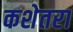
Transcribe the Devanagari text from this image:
कशेतरा